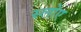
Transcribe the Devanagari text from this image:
स्लोए